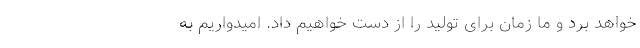
خواهد برد و ما زمان برای تولید را از دست خواهیم داد. امیدواریم به